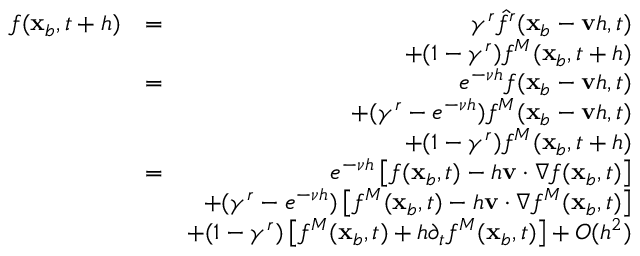
\begin{array} { r l r } { f ( \mathbf x _ { b } , t + h ) } & { = } & { \gamma ^ { r } \hat { f } ^ { r } ( \mathbf x _ { b } - \mathbf v h , t ) } \\ & { } & { + ( 1 - \gamma ^ { r } ) f ^ { M } ( \mathbf x _ { b } , t + h ) } \\ & { = } & { e ^ { - \nu h } f ( \mathbf x _ { b } - \mathbf v h , t ) } \\ & { } & { + ( \gamma ^ { r } - e ^ { - \nu h } ) f ^ { M } ( \mathbf x _ { b } - \mathbf v h , t ) } \\ & { } & { + ( 1 - \gamma ^ { r } ) f ^ { M } ( \mathbf x _ { b } , t + h ) } \\ & { = } & { e ^ { - \nu h } \left[ f ( \mathbf x _ { b } , t ) - h \mathbf v \cdot \nabla f ( \mathbf x _ { b } , t ) \right] } \\ & { } & { + ( \gamma ^ { r } - e ^ { - \nu h } ) \left[ f ^ { M } ( \mathbf x _ { b } , t ) - h \mathbf v \cdot \nabla f ^ { M } ( \mathbf x _ { b } , t ) \right] } \\ & { } & { + ( 1 - \gamma ^ { r } ) \left[ f ^ { M } ( \mathbf x _ { b } , t ) + h \partial _ { t } f ^ { M } ( \mathbf x _ { b } , t ) \right] + O ( h ^ { 2 } ) } \end{array}